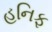
હનિફ